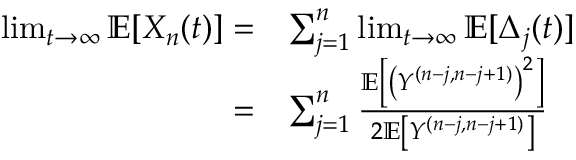
\begin{array} { r l } { \operatorname* { l i m } _ { t \to \infty } \mathbb { E } [ X _ { n } ( t ) ] = } & { \sum _ { j = 1 } ^ { n } \operatorname* { l i m } _ { t \to \infty } \mathbb { E } [ \Delta _ { j } ( t ) ] } \\ { = } & { \sum _ { j = 1 } ^ { n } \frac { \mathbb { E } \left[ \left( Y ^ { ( n - j , n - j + 1 ) } \right) ^ { 2 } \right] } { 2 \mathbb { E } \left[ Y ^ { ( n - j , n - j + 1 ) } \right] } } \end{array}